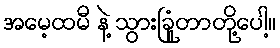
အမေ့ထမီ နဲ့ သွားခြံုတာတို့ပေါ့။